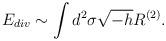
LaTeX: \begin{align*}E_{div} \sim \int d^2\sigma \sqrt{-h} R^{(2)} .\end{align*}